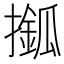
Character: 𢶎